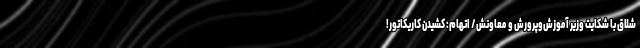
شلاق با شکایت وزیر آموزش‌وپرورش و معاونش/ اتهام: کشیدن کاریکاتور!